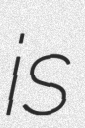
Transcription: is